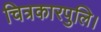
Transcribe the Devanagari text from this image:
चित्रकारपुलि।